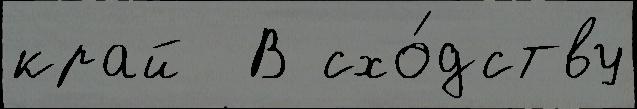
край  В схо́дству